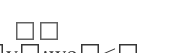
٥٤